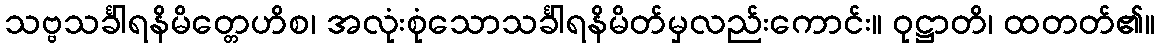
သဗ္ဗသင်္ခါရနိမိတ္တေဟိစ၊ အလုံးစုံသောသင်္ခါရနိမိတ်မှလည်းကောင်း။ ဝုဋ္ဌာတိ၊ ထတတ်၏။